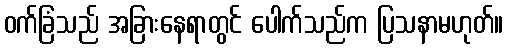
ဝက်ခြံသည် အခြားနေရာတွင် ပေါက်သည်က ပြသနာမဟုတ်။